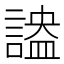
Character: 𧪪